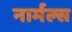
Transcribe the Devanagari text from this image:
नार्मल्स